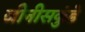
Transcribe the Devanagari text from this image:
जीनीसकुंडे